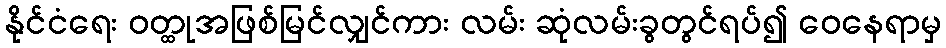
နိုင်ငံရေး ဝတ္ထုအဖြစ်မြင်လျှင်ကား လမ်း ဆုံလမ်းခွတွင်ရပ်၍ ဝေနေရာမှ